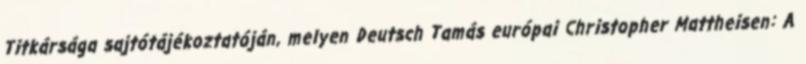
Titkársága sajtótájékoztatóján, melyen Deutsch Tamás európai Christopher Mattheisen: A